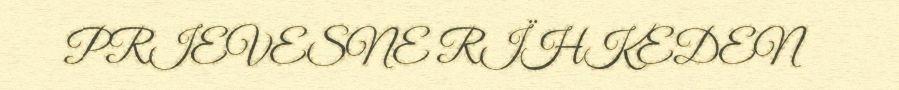
PRIEVESNE RÏHKEDEN